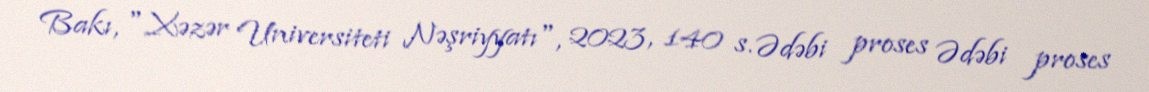
Bakı, "Xəzər Universiteti Nəşriyyatı", 2023, 140 s. Ədəbi proses Ədəbi proses